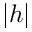
\left| h \right|